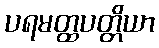
ပရမတ္ထပတ္တိယာ